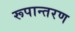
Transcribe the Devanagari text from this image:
रूपान्‍तरण